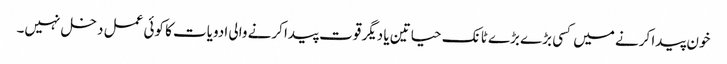
خون پیدا کرنے میں کسی بڑے بڑے ٹانک حیاتین یا دیگر قوت پیدا کرنے والی ادویات کا کوئی عمل دخل نہیں۔